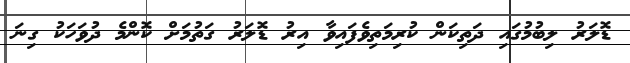
ޑޮލަރު ލިބުމުގައި ދަތިކަން ކުރިމަތިވެފައިވާ އިރު ޑޮލަރު ގަތުމަށް ކޮންމެ ދުވަހަކު ގިނަ